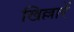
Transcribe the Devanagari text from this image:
खिल्लारें